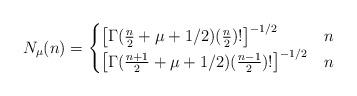
LaTeX: \begin{align*} N_\mu(n) = \begin{cases} \left[\Gamma(\frac{n}{2}+\mu+1/2)(\frac{n}{2})!\right]^{-1/2} &n\\ \left[\Gamma(\frac{n+1}{2}+\mu+1/2)(\frac{n-1}{2})!\right]^{-1/2} &n\end{cases}\end{align*}